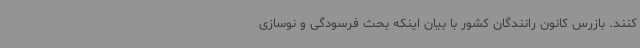
کنند. بازرس کانون رانندگان کشور با بیان اینکه بحث فرسودگی و نوسازی